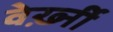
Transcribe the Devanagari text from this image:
वेर्ख़्नी